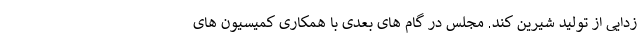
زدایی از تولید شیرین کند. مجلس در گام های بعدی با همکاری کمیسیون های